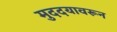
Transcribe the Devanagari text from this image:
मुददयावरून